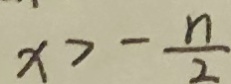
x > - \frac { n } { 2 }